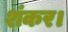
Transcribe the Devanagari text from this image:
शंकर।